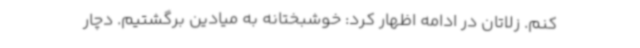
کنم. زلاتان در ادامه اظهار کرد: خوشبختانه به میادین برگشتیم. دچار